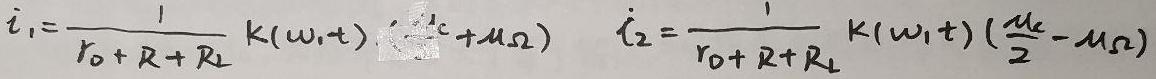
$i_{1}=\frac{1}{r_{0}+R+R_{L}}k(\omega_{1}t)( \frac{\mu_{c}}{2}+\mu_{\Omega}) \quad i_{2}=\frac{1}{r_{0}+R+R_{L}}k(\omega_{1}t)(\frac{\mu_{c}}{2}-\mu_{\Omega})$